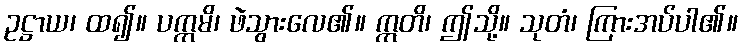
ဥဋ္ဌာယ၊ ထ၍။ ပက္ကမိ၊ ဖဲသွားလေ၏။ ဣတိ၊ ဤသို့။ သုတံ၊ ကြားအပ်ပါ၏။